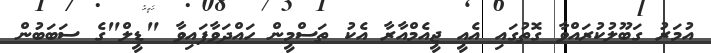
އުމަރު ގަބޫލުކުރައްވާ ގޮތުގައި އެއީ ޖީއެމްއާރާ އެކު ތަސްމީން ހައްދަވާފައިވާ "ޑީލް"ގެ ސަބަބުން